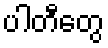
ပါတီတွေ